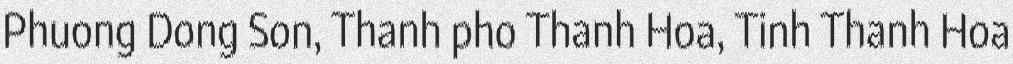
Phuong Dong Son, Thanh pho Thanh Hoa, Tinh Thanh Hoa